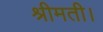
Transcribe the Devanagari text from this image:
श्रीमती।